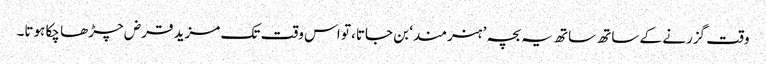
وقت گزرنے کے ساتھ ساتھ یہ بچہ ’ہنرمند‘ بن جاتا، تو اس وقت تک مزید قرض چڑھا چکا ہوتا۔